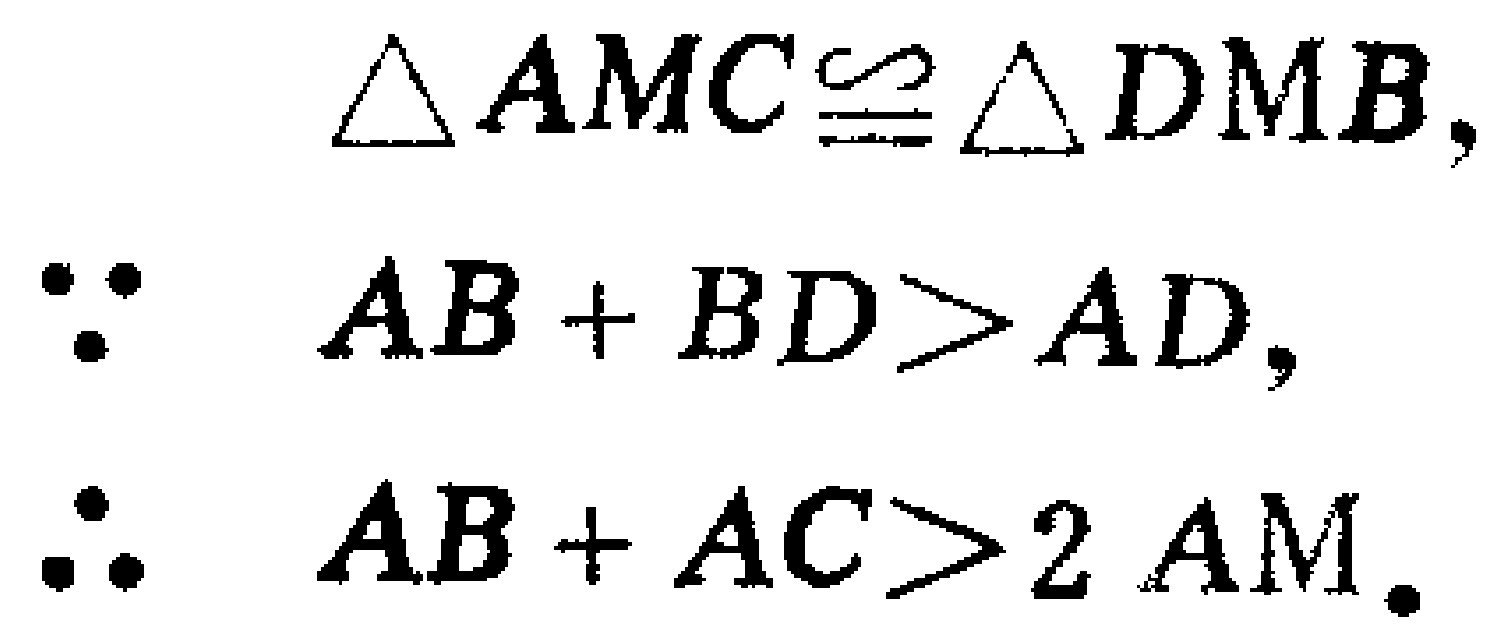
$\triangle AMC\cong\triangle DMB,$
$\because AB + BD>AD,$
$\therefore AB + AC>2 AM.$